Senior Leaving Certificate Examination (including Day School Certificate (Higher) General paper), 1948
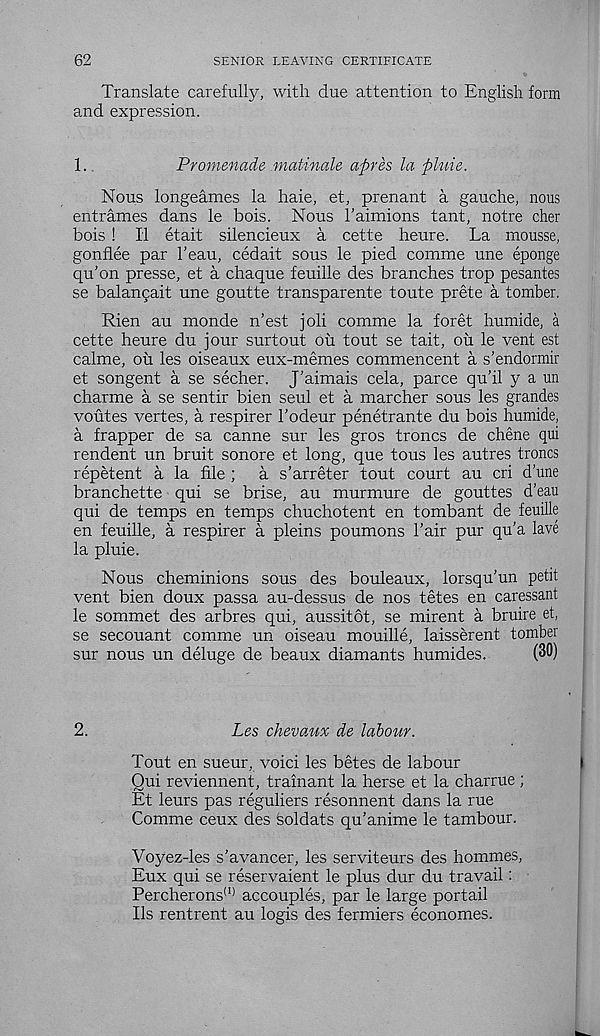
62
SENIOR LEAVING CERTIFICATE
Translate carefully, with due attention to English form
and expression.
1.
Promenade matinale apres la pluie.
Nous longeames la haie, et, prenant a gauche, nous
enframes dans le bois. Nous 1’aimions tant, notre cher
bois ! II etait silencieux a cette heure. La mousse,
gonflee par 1'eau, cedait sous le pied comme une eponge
qu’on presse, et a chaque feuille des branches trop pesantes
se balangait une goutte transparente toute prete a tomber.
Rien au monde n’est joli comme la foret humide, a
cette heure du jour surtout ou tout se tait, oil le vent est
calme, ou les oiseaux eux-memes commencent a s’endormir
et songent a se secher. J'aimais cela, parce qu’il y a un
charme a se sentir bien seul et a marcher sous les grandes
voutes vertes, a respirer Fodeur penetrante du bois humide,
a frapper de sa canne sur les gros troncs de chene qui
rendent un bruit sonore et long, que tous les autres troncs
repetent a la file ;
a s ’ arreter tout court au cri d’une
branchette qui se brise, au murmure de gouttes d’eau
qui de temps en temps chuchotent en tombant de feuille
en feuille, a respirer a pleins poumons Fair pur qu’a lave
la pluie.
Nous cheminions sous des bouleaux, lorsqu’un petit
vent bien doux passa au-dessus de nos tetes en caressant
le sommet des arbres qui, aussitot, se mirent a bruire et,
se secouant comme un oiseau mouille, laisserent tomber
sur nous un deluge de beaux diamants humides.
(30)
2.
Les chevaux de labour.
Tout en sueur, voici les betes de labour
Qui reviennent, trainant la herse et la charrue ;
Et leurs pas reguliers resonnent dans la rue
Comme ceux des Soldats qu’anime le tambour.
Voyez-les s'avancer, les serviteurs des hommes,
Eux qui se reservaient le plus dur du travail:
Percherons (1) accouples, par le large portail
Ils rentrent au logis des fermiers economes.